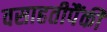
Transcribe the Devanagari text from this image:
वसाहतीपैंकी